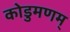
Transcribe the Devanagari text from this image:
कोडुमणम्